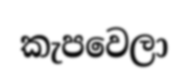
කැපවෙලා